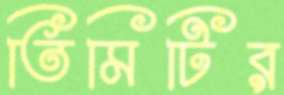
তিমিটির